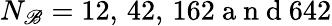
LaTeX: N_{\mathscr{B}}=12,\, 42,\, 162\mathrm{{~a~n~d~}}642